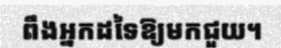
ពឹងអ្នកដទៃឱ្យមកជួយ។